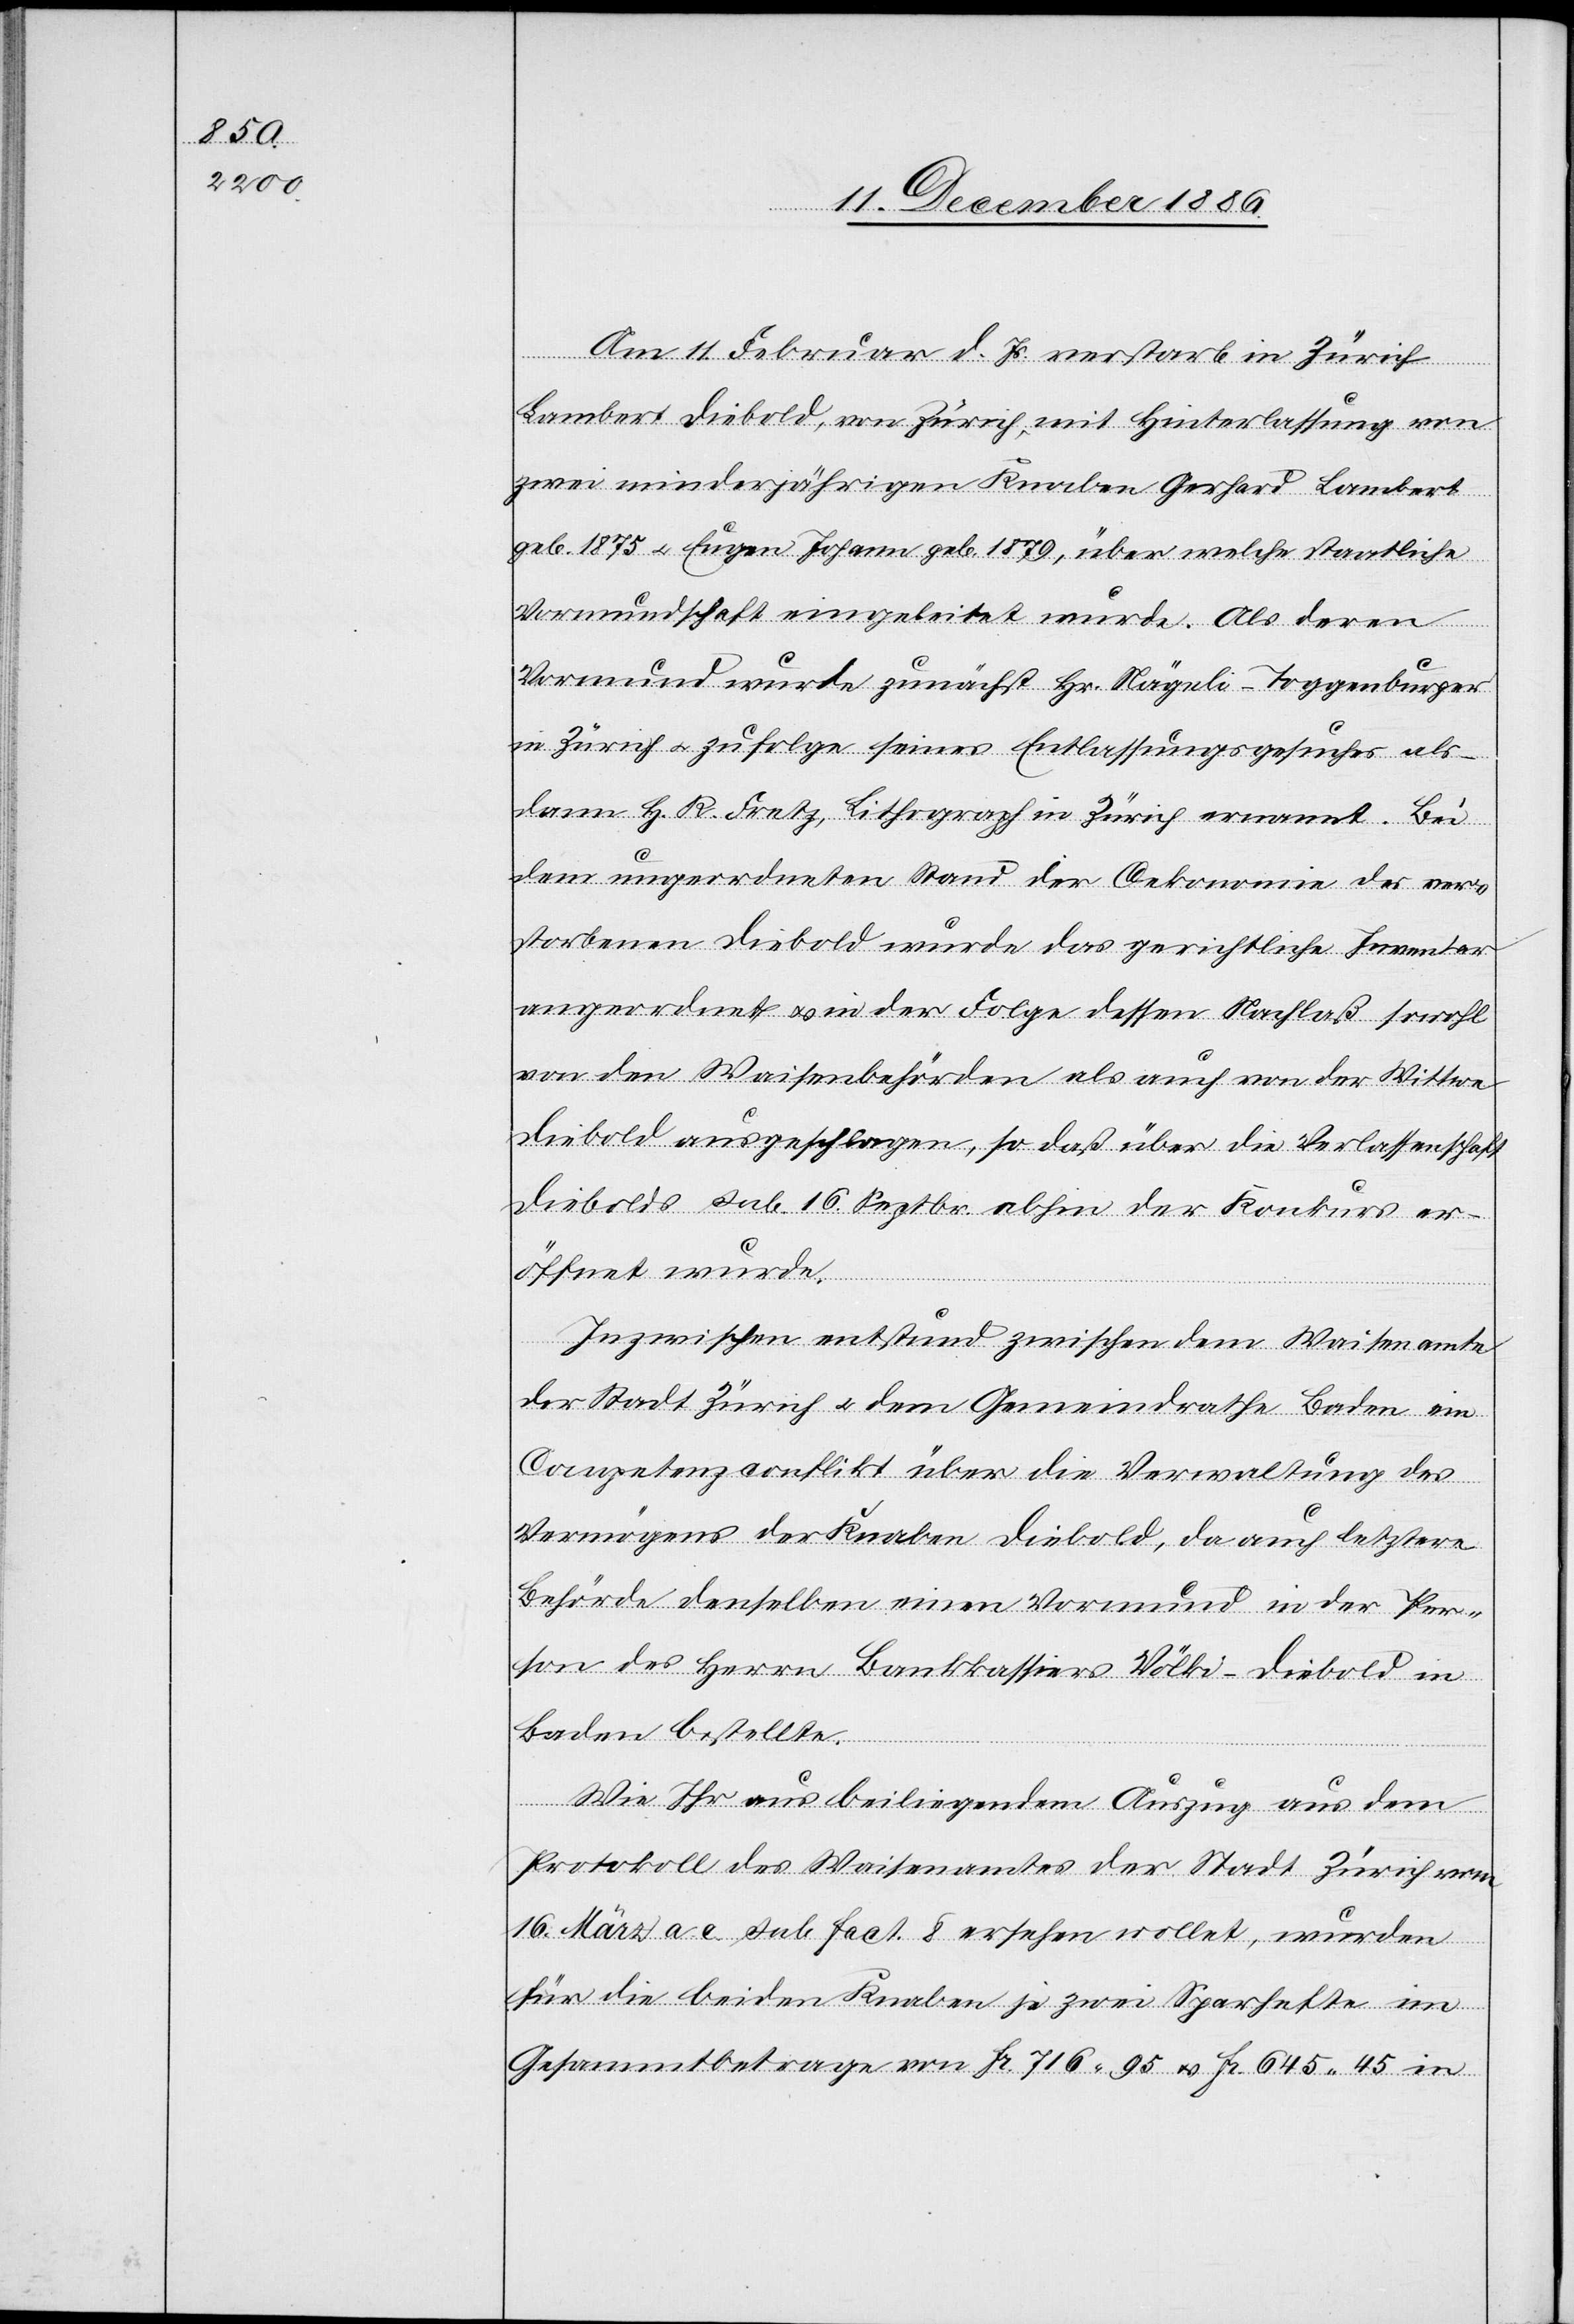
Am 11. Februar d. Js. verstarb in Zürich
Lambert Diebold, von Zürich, mit Hinterlassung von
zwei minderjährigen Knaben Gerhard Lambert
geb. 1875 & Eugen Johann geb. 1879, über welche staatliche
Vormundschaft eingeleitet wurde. Als deren
Vormund wurde zunächst Hr. Nägeli-Toggenburger
in Zürich & zufolge seines Entlassungsgesuches als¬
dann H. R. Fretz, Lithograph in Zürich ernannt. Bei
dem ungeordneten Stand der Oekonomie des ver¬
storbenen Diebold wurde das gerichtliche Inventar
angeordnet & in der Folge dessen Nachlaß sowohl
von den Waisenbehörden als auch von der Wittwe
Diebold ausgeschlagen, so daß über die Verlassenschaft
Diebolds sub. 16. Septbr. abhin der Konkurs er¬
öffnet wurde.
Inzwischen entstund zwischen dem Waisenamte
der Stadt Zürich & dem Gemeindrathe Baden ein
Competenzconflikt über die Verwaltung des
Vermögens der Knaben Diebold, da auch letztere
Behörde denselben einen Vormund in der Per¬
son des Herrn Bankkassiers Völki-Diebold in
Baden bestellte.
Wir Ihr aus beiliegendem Auszug aus dem
Protokoll des Waisenamtes der Stadt Zürich vom
16. März a. c. sub. fact. 8 ersehen wollet, wurden
für die beiden Knaben je zwei Sparhefte im
Gesammtbetrage von Fr. 716 95 & Fr. 645 45 in